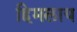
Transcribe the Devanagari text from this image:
हिमलाय